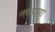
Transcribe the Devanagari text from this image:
नरडाणा